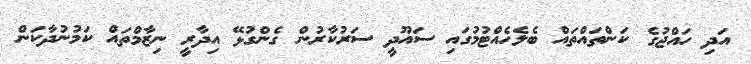
އަދި ހައްޖުގެ ކަންތައްތައް ބެލެހެއްޓުމުގައި ސައޫދީ ސަރުކާރުން ގެންގުޅޭ އިދާރީ ނިޒާމްތައް ކަމުނުދާކަން